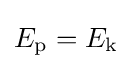
E_{\mathrm {p} }=E_{\mathrm {k} }